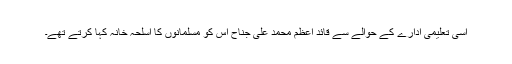
اسی تعلیمی ادارے کے حوالے سے قائد اعظم محمد علی جناح اس کو مسلمانوں کا اسلحہ خانہ کہا کرتے تھے۔